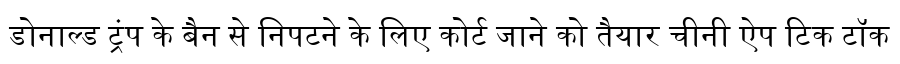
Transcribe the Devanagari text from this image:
डोनाल्ड ट्रंप के बैन से निपटने के लिए कोर्ट जाने को तैयार चीनी ऐप टिक टॉक